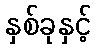
နှစ်ခုနှင့်